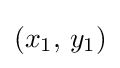
(x_{1},\,y_{1})